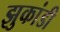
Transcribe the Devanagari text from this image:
झुकांडी